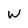
Character: w